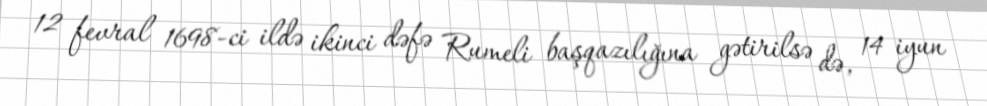
12 fevral 1698-ci ildə ikinci dəfə Rumeli başqazılığına gətirilsə də, 14 iyun